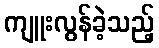
ကျူးလွန်ခဲ့သည့်